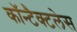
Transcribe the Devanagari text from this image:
कॉन्टैक्टलेस